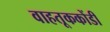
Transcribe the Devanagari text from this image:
वाहतूककोंडी